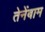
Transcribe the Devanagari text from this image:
तेनेंबाम